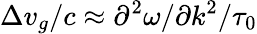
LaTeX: \Delta v_{g}/c\approx\partial^{2}\omega/\partial k^{2}/\tau_{0}